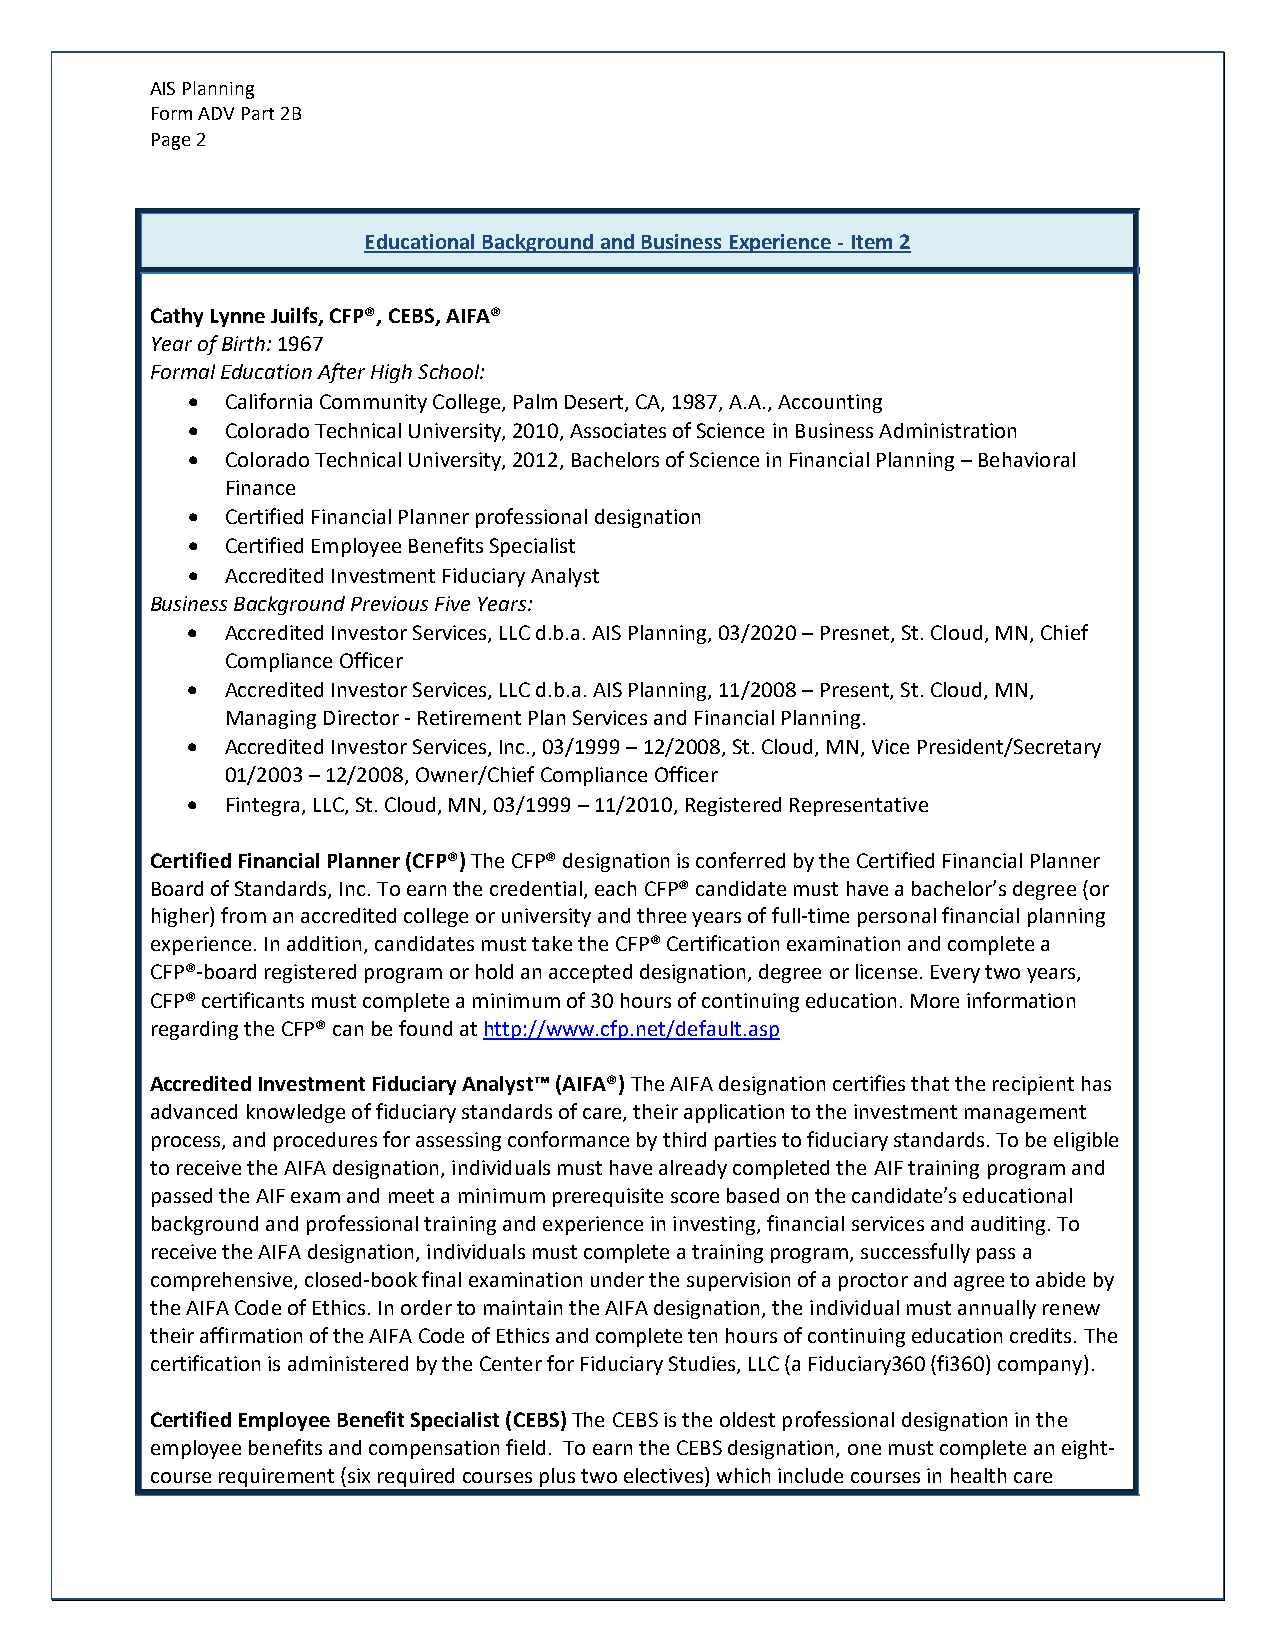
AIS Planning
 Form ADV Part 2B
 Page 2
 Educational Background and Business Experience - Item 2
 Cathy Lynne Juilfs, CFP®, CEBS, AIFA®
 Year of Birth: 1967
 Formal Education After High School:
 •  California Community College, Palm Desert, CA, 1987, A.A., Accounting
 •  Colorado Technical University, 2010, Associates of Science in Business Administration
 •  Colorado Technical University, 2012, Bachelors of Science in Financial Planning – Behavioral
 Finance
 •  Certified Financial Planner professional designation
 •  Certified Employee Benefits Specialist
 •  Accredited Investment Fiduciary Analyst
 Business Background Previous Five Years:
 •  Accredited Investor Services, LLC d.b.a. AIS Planning, 03/2020 – Presnet, St. Cloud, MN, Chief
 Compliance Officer
 •  Accredited Investor Services, LLC d.b.a. AIS Planning, 11/2008 – Present, St. Cloud, MN,
 Managing Director - Retirement Plan Services and Financial Planning.
 •  Accredited Investor Services, Inc., 03/1999 – 12/2008, St. Cloud, MN, Vice President/Secretary
 01/2003 – 12/2008, Owner/Chief Compliance Officer
 •  Fintegra, LLC, St. Cloud, MN, 03/1999 – 11/2010, Registered Representative
 Certified Financial Planner (CFP®) The CFP® designation is conferred by the Certified Financial Planner
 Board of Standards, Inc. To earn the credential, each CFP® candidate must have a bachelor’s degree (or
 higher) from an accredited college or university and three years of full-time personal financial planning
 experience. In addition, candidates must take the CFP® Certification examination and complete a
 CFP®-board registered program or hold an accepted designation, degree or license. Every two years,
 CFP® certificants must complete a minimum of 30 hours of continuing education. More information
 regarding the CFP® can be found at http://www.cfp.net/default.asp
 Accredited Investment Fiduciary Analyst™ (AIFA®) The AIFA designation certifies that the recipient has
 advanced knowledge of fiduciary standards of care, their application to the investment management
 process, and procedures for assessing conformance by third parties to fiduciary standards. To be eligible
 to receive the AIFA designation, individuals must have already completed the AIF training program and
 passed the AIF exam and meet a minimum prerequisite score based on the candidate’s educational
 background and professional training and experience in investing, financial services and auditing. To
 receive the AIFA designation, individuals must complete a training program, successfully pass a
 comprehensive, closed-book final examination under the supervision of a proctor and agree to abide by
 the AIFA Code of Ethics. In order to maintain the AIFA designation, the individual must annually renew
 their affirmation of the AIFA Code of Ethics and complete ten hours of continuing education credits. The
 certification is administered by the Center for Fiduciary Studies, LLC (a Fiduciary360 (fi360) company).
 Certified Employee Benefit Specialist (CEBS) The CEBS is the oldest professional designation in the
 employee benefits and compensation field. To earn the CEBS designation, one must complete an eight-
 course requirement (six required courses plus two electives) which include courses in health care